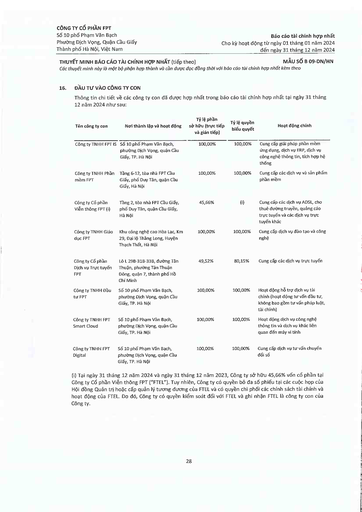
|Tên công ty con|Nơi thành lập và hoạt động|Tỷ lệ phần sở hữu (trực tiếp và gián tiếp)|Tỷ lệ quyền biểu quyết|Hoạt động chính| |---|---|---|---|---| |Công ty TNHH FPT IS|Số 10 phố Phạm Văn Bách, phường Dịch Vọng, quận Cầu Giấy, TP. Hà Nội|100,00%|100,00%|Cung cấp giải pháp phần mềm ứng dụng, dịch vụ ERP, dịch vụ công nghệ thông tin, tích hợp hệ thống| |Công ty TNHH Phần mềm FPT|Tầng 6-12, tòa nhà FPT Cầu Giấy, phố Duy Tân, quận Cầu Giấy, Hà Nội|100,00%|100,00%|Cung cấp các dịch vụ và sản phẩm phần mềm| |Công ty Cổ phần Viễn thông FPT (i)|Tầng 2, tòa nhà FPT Cầu Giấy, phố Duy Tân, quận Cầu Giấy, Hà Nội|45,66%|(i)|Cung cấp các dịch vụ ADSL, cho thuê đường truyền, quảng cáo trực tuyến và các dịch vụ trực tuyến khác| |Công ty TNHH Giáo dục FPT|Khu công nghệ cao Hòa Lạc, Km 29, Đại lộ Thăng Long, Huyện Thạch Thất, Hà Nội|100,00%|100,00%|Cung cấp dịch vụ đào tạo và công nghệ| |Công ty Cổ phần Dịch vụ Trực tuyến FPT|Lô L 29B-31B-33B, đường Tân Thuận, phường Tân Thuận Đông, quận 7, thành phố Hồ Chí Minh|49,52%|80,15%|Cung cấp các dịch vụ trực tuyến| |Công ty TNHH Đầu tư FPT|Số 10 phố Phạm Văn Bách, phường Dịch Vọng, quận Cầu Giấy, TP. Hà Nội|100,00%|100,00%|Hoạt động hỗ trợ dịch vụ tài chính (hoạt động tư vấn đầu tư, không bao gồm tư vấn pháp luật, tài chính)| |Công ty TNHH FPT Smart Cloud|Số 10 phố Phạm Văn Bách, phường Dịch Vọng, quận Cầu Giấy, TP. Hà Nội|100,00%|100,00%|Hoạt động dịch vụ công nghệ thông tin và dịch vụ khác liên quan đến máy vi tính| |Công ty TNHH FPT Digital|Số 10 phố Phạm Văn Bách, phường Dịch Vọng, quận Cầu Giấy, TP. Hà Nội|100,00%|100,00%|Cung cấp dịch vụ tư vấn chuyển đổi số|